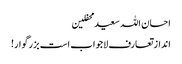
احسان اللہ سعید محفلین
انداز تعارف لاجواب است بزرگوار!